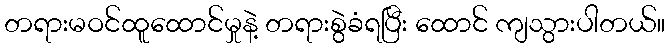
တရားမဝင်ထူထောင်မှုနဲ့ တရားစွဲခံရပြီး ထောင် ကျသွားပါတယ်။